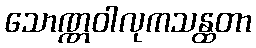
သောဏ္ဏဝါလုကသန္ထတာ